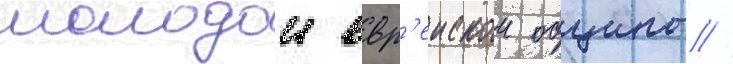
молодои евр'еискои общины //